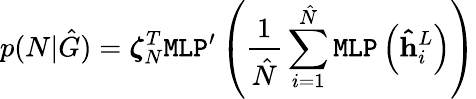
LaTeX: p(N|\hat{G})=\boldsymbol{\zeta}_{N}^{T}\texttt{MLP}^{\prime}\left(\frac{1}{\hat{N}}\sum_{i=1}^{\hat{N}}\texttt{MLP}\left(\mathbf{\hat{h}}_{i}^{L}\right)\right)